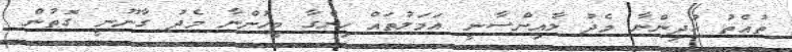
ތުއްތު ކުދިންނާ މެދު ލާއިންސާނީ އަމަލުތައް ހިންގާ މީހުންނާ މެދު ގާނޫނީ ގޮތުން